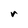
Character: r